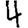
Digit: 4